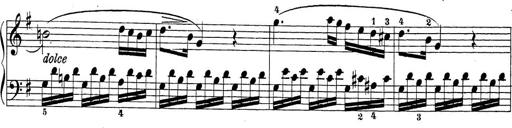
Title: Sonatina Album
Composer: Louis KÃ¶hler